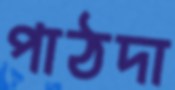
পাঠদা